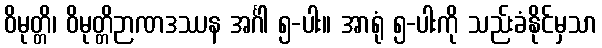
ဝိမုတ္တိ၊ ဝိမုတ္တိဉာဏဒဿန အင်္ဂါ ၅-ပါး။ အာရုံ ၅-ပါးကို သည်းခံနိုင်မှသာ